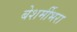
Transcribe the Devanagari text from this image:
बेशर्मीभरा